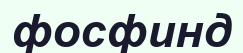
фосфинд